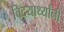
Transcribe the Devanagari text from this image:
विदयार्थ्‍यांनी